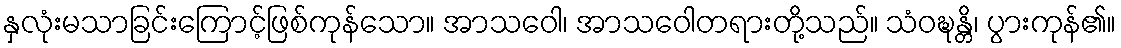
နှလုံးမသာခြင်းကြောင့်ဖြစ်ကုန်သော။ အာသဝေါ၊ အာသဝေါတရားတို့သည်။ သံဝဍ္ဎန္တိ၊ ပွားကုန်၏။